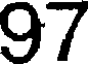
97